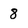
Character: 8